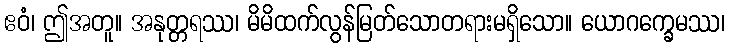
ဧဝံ၊ ဤအတူ။ အနုတ္တရဿ၊ မိမိထက်လွန်မြတ်သောတရားမရှိသော။ ယောဂက္ခေမဿ၊